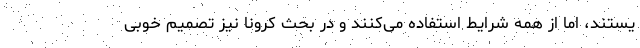
یستند، اما از همه شرایط استفاده می‌کنند و در بحث کرونا نیز تصمیم خوبی